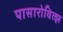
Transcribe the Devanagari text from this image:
पासारोवित्झ